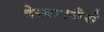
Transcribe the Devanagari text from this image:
देखा।जैसे